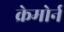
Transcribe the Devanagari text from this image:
क्रेमोर्न